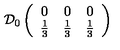
\mathcal { D } _ { 0 } \left( \begin{array} { c c c } { 0 } & { 0 } & { 0 } \\ { \frac { 1 } { 3 } } & { \frac { 1 } { 3 } } & { \frac { 1 } { 3 } } \\ \end{array} \right)